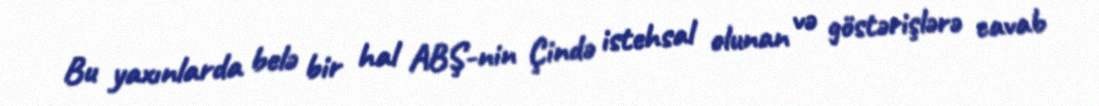
Bu yaxınlarda belə bir hal ABŞ-nin Çində istehsal olunan və göstərişlərə cavab